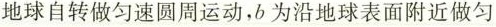
地球自转做匀速圆周运动，b为沿地球表面附近做匀